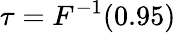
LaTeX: \tau=F^{-1}(0.95)